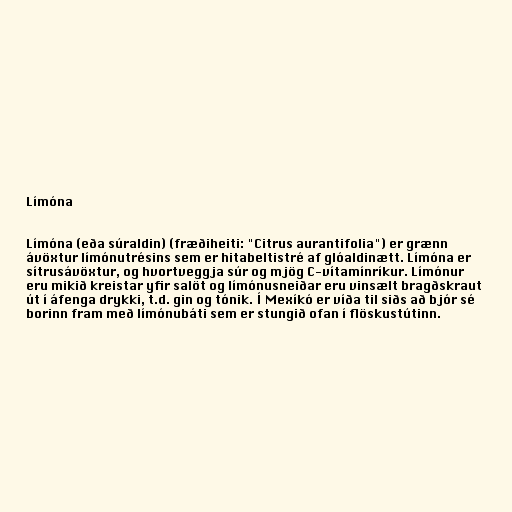
Límóna

Límóna (eða súraldin) (fræðiheiti: "Citrus aurantifolia") er grænn
ávöxtur límónutrésins sem er hitabeltistré af glóaldinætt. Límóna er
sítrusávöxtur, og hvortveggja súr og mjög C-vítamínríkur. Límónur
eru mikið kreistar yfir salöt og límónusneiðar eru vinsælt bragðskraut
út í áfenga drykki, t.d. gin og tónik. Í Mexíkó er víða til siðs að bjór sé
borinn fram með límónubáti sem er stungið ofan í flöskustútinn.